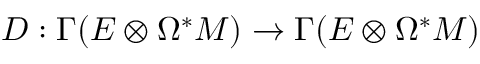
D : \Gamma ( E \otimes \Omega ^ { * } M ) \rightarrow \Gamma ( E \otimes \Omega ^ { * } M )